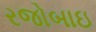
રજોબાઇ